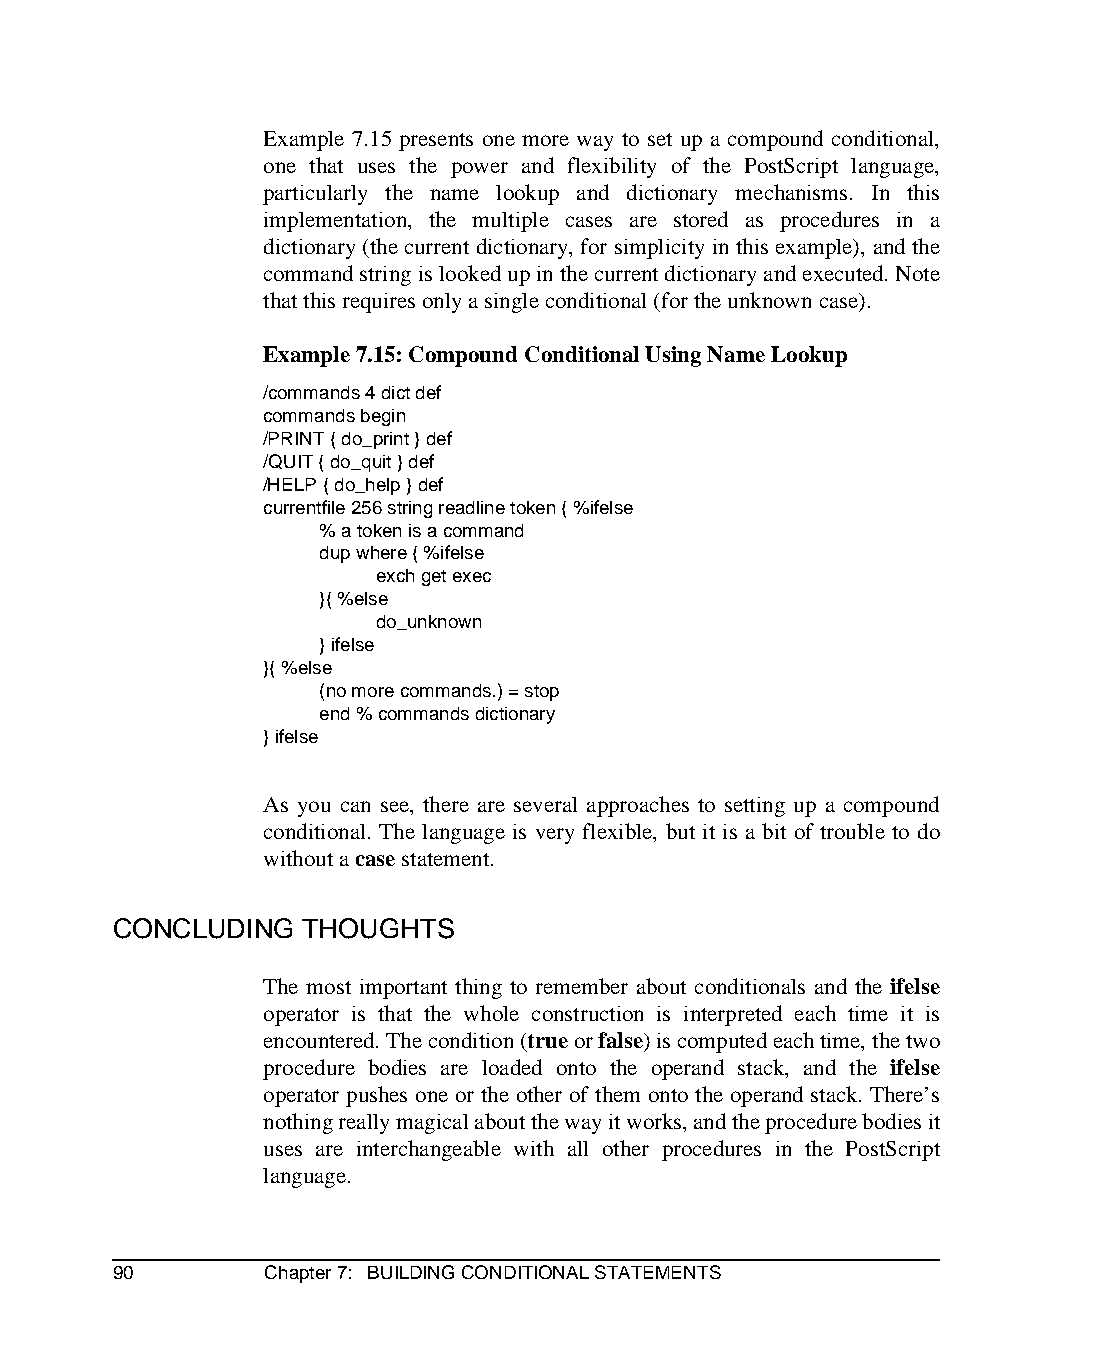
Example 7.15 presents one more way to set up a compound conditional,
 one that uses the power and flexibility of the PostScript language,
 particularly the name lookup and dictionary mechanisms. In this
 implementation, the multiple cases are stored as procedures in a
 dictionary (the current dictionary, for simplicity in this example), and the
 command string is looked up in the current dictionary and executed. Note
 that this requires only a single conditional (for the unknown case).
 Example 7.15: Compound Conditional Using Name Lookup
 /commands 4 dict def
 commands begin
 /PRINT { do_print } def
 /QUIT { do_quit } def
 /HELP { do_help } def
 currentfile 256 string readline token { %ifelse
 % a token is a command
 dup where { %ifelse
 exch get exec
 }{ %else
 do_unknown
 } ifelse
 }{ %else
 (no more commands.) = stop
 end % commands dictionary
 } ifelse
 As you can see, there are several approaches to setting up a compound
 conditional. The language is very flexible, but it is a bit of trouble to do
 without a case statement.
 CONCLUDING   THOUGHTS
 The most important thing to remember about conditionals and the ifelse
 operator is that the whole construction is interpreted each time it is
 encountered. The condition (true or false) is computed each time, the two
 procedure bodies are loaded onto the operand stack, and the ifelse
 operator pushes one or the other of them onto the operand stack. There’s
 nothing really magical about the way it works, and the procedure bodies it
 uses are interchangeable with all other procedures in the PostScript
 language.
 90        Chapter 7: BUILDING CONDITIONAL STATEMENTS